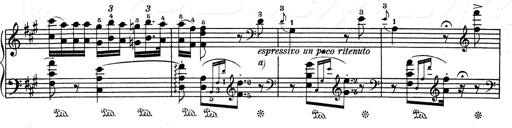
Title: RÃ©miniscences de Don Juan
Composer: Franz Liszt